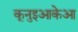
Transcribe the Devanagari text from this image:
कूनुइआकेआ